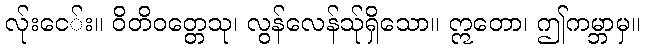
လ်ုးငေ်း။ ဝိတိဝတ္တေသု၊ လွန်လေန်သု်ရှိသော။ ဣတော၊ ဤကမ္ဘာမှ။